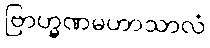
ဗြာဟ္မဏမဟာသာလံ